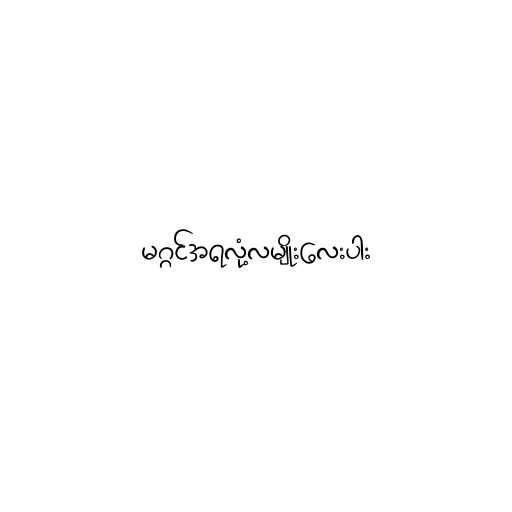
မဂ္ဂင်အရလုံ့လမျိုးလေးပါး